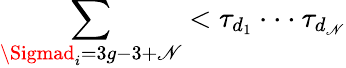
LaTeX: \sum_{\Sigmad_{i}=3g-3+\mathscr{N}}<\tau_{d_{1}}\cdot\cdot\cdot\tau_{d_{\mathscr{N}}}